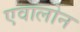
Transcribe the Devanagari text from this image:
एवालोन